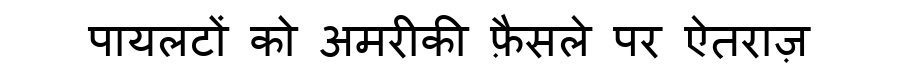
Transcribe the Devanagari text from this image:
पायलटों को अमरीकी फ़ैसले पर ऐतराज़